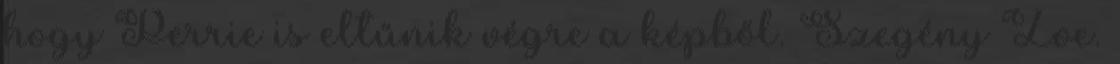
hogy Perrie is eltűnik végre a képből. Szegény Zoe.